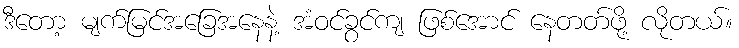
ဒီတော့ မျက်မြင်အခြေအနေနဲ့ အံဝင်ခွင်ကျ ဖြစ်အောင် နေတတ်ဖို့ လိုတယ်။